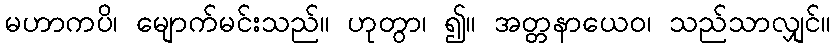
မဟာကပိ၊ မျောက်မင်းသည်။ ဟုတွာ၊ ၍။ အတ္တနာယေဝ၊ သည်သာလျှင်။